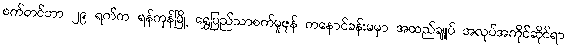
စက်တင်ဘာ ၂၉ ရက်က ရန်ကုန်မြို့ ရွှေပြည်သာစက်မှုဇုန် ကနောင်ခန်းမမှာ အထည်ချူပ် အလုပ်အကိုင်ဆိုင်ရာ